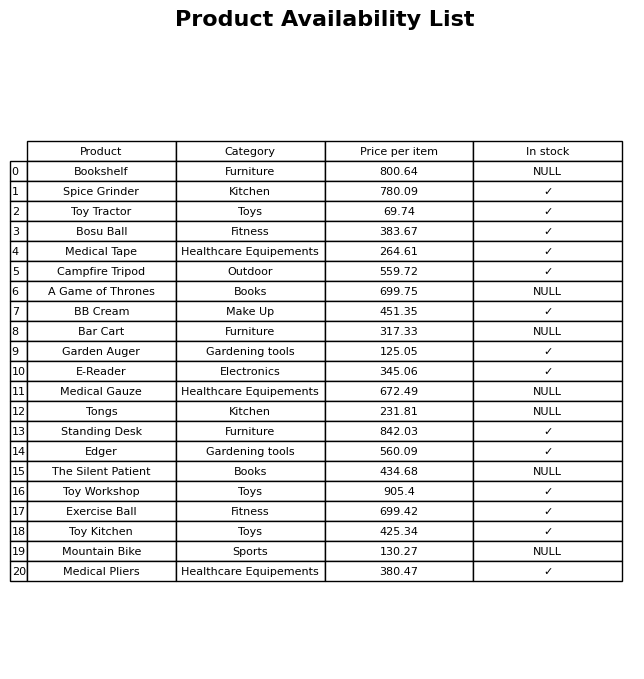
question: What is the price of the Edger?
answer: The price of Edger is 560.09.